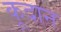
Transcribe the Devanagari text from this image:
कूदान